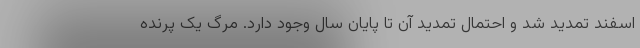
اسفند تمدید شد و احتمال تمدید آن تا پایان سال وجود دارد. مرگ یک پرنده